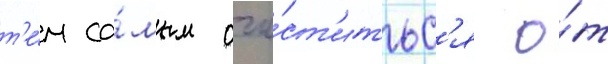
т'е́м са́мым очи́ст'итьс'я о́т